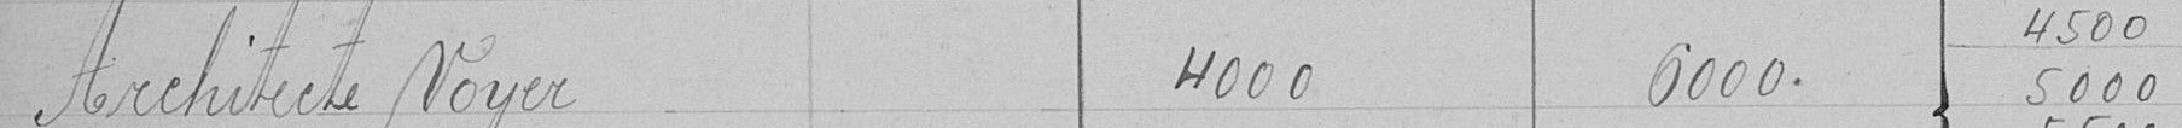
Architecte Voyer 4000 6000